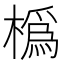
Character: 𪳵